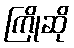
ကြိုဆို